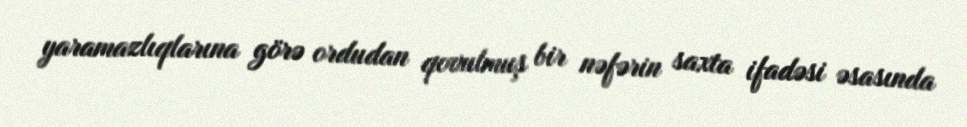
yaramazlıqlarına görə ordudan qovulmuş bir nəfərin saxta ifadəsi əsasında